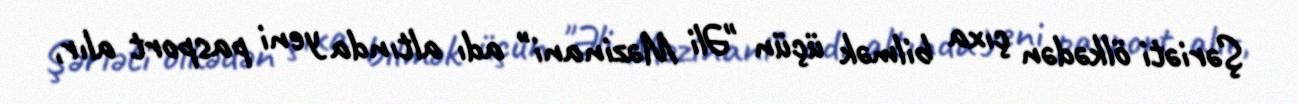
Şəriəti ölkədən çıxa bilmək üçün "Əli Məzinani" adı altında yeni pasport alır,